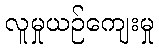
လူမှုယဉ်ကျေးမှု